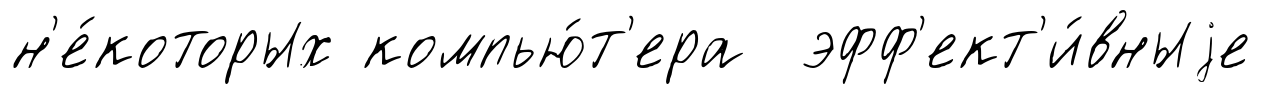
н'е́которых компью́т'ера эфф'ект'и́вныjе